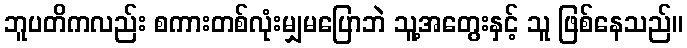
ဘူပတိကလည်း စကားတစ်လုံးမျှမပြောဘဲ သူ့အတွေးနှင့် သူ ဖြစ်နေသည်။